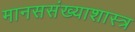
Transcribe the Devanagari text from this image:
मानससंख्याशास्त्र